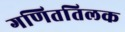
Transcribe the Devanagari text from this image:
गणिततिलक